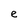
Character: e